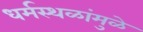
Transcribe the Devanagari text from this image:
धर्मस्थळांमुळे